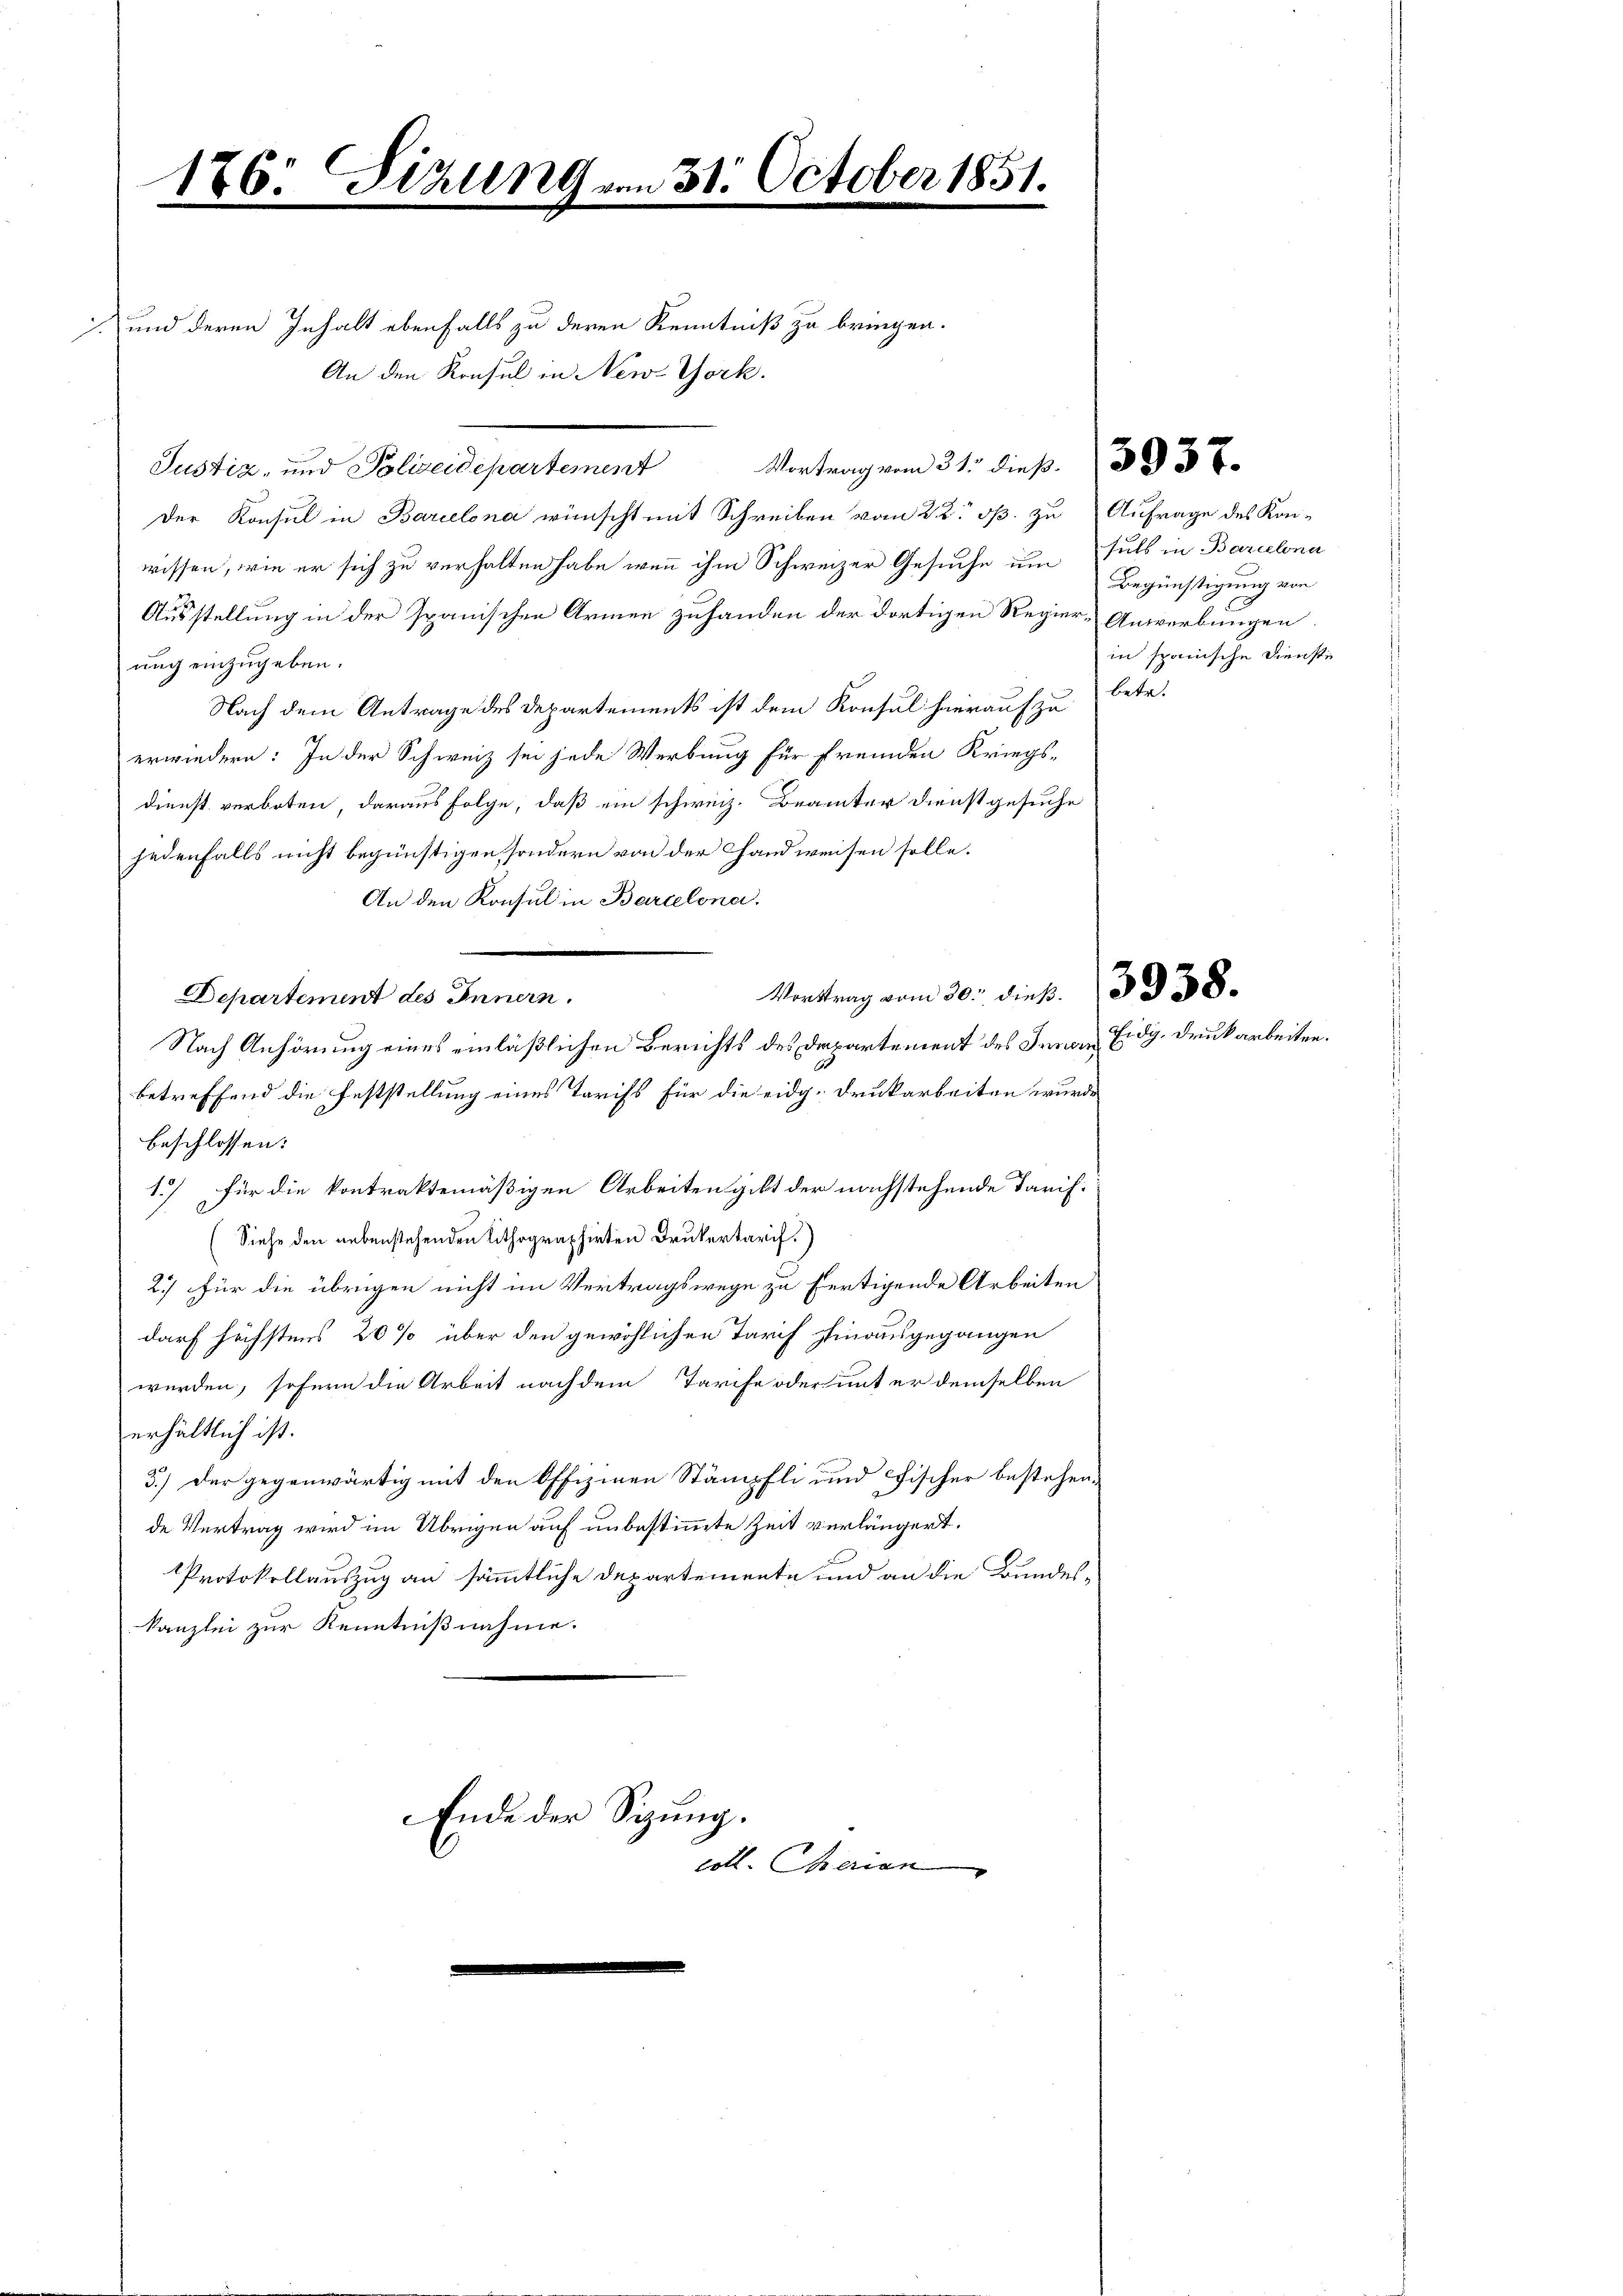
176: Sizung am 31. October 1851.
e

und deren Inhalt ebenfalls zu deren Kenntniß zu bringen.
An den Konsul in New-York.
Justiz- und Polizeidepartement Vortrag vom 31. dieß. 30 x
Der Konsul in Barcelona wünscht mit Schreiben vom 22. ds. zu Anfrage des Kan-
wissen, wie er sich zu verhalten habe, wenn ihm Schweizer Gesuche um Puls in Barcelona
Ausstellung in der spanischen Armen zuhanden der dortigen Regiere Anwerbungen
uug einzugeben.
Nach dem Antrage des Departements ist dem Konsul hierauf zu
erwiedern: In der Schweiz sei jede Werbung für fremden Kriegs-
dienst verboten daraus folge, daß ein schweiz. Beamter Dienst gesuche
jedenfalls nicht begünstigen, sondern von der Hand weisen solle.
An den Konsul in Barcelona.
Vertrag vom 30. dieß. 338.
Departement des Innern.
Nach Anhörung eines einläßlichen Berichts des Departement des Innern Eidg. Druckarbeiten.
betreffend die Feststellung eines Tarifs für die eidg. Druckarbeiten wurde
beschlossen:
1.) für die kontraktemäßigen Arbeiten gibt der nachstehende Tarif¬
Siehe den nebenstehenden lithographirten Drukertarif.)
2.) Für die übrigen nicht im Vertragswege zu fertigende Arbeiten
darf höchstens 20% über den gewöhlichen Tarif hinausgegangen
werden, sofern die Arbeit nach dem Tarche oder mit er demselben
erhältlich ist.
5.) Der gegenwärtig mit den Offizinen Stämpfli und Fischer bestehende Vertrag wird im Übrigen auf unbestimmte Zeit verlängert.
Protokollauszug an sämmtliche Departemente und an die Bundeskanzlei zur Kenntnißnahme.
Ende der Sitzung.
coll. Charian
.

Begünstigung von
in spanische Diensti
betr.